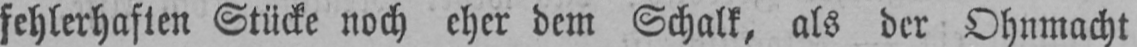
fehlerhaften Stücke noch eher dem Schalk, als der Ohnmacht